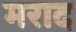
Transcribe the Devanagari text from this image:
मराद